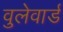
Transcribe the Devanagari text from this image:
वुलेवार्ड